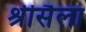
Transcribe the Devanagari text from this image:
श्रीसैला